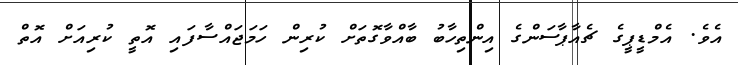
އެވެ. އެމްޑީޕީގެ ޗެއާޕާސަންގެ އިންތިހާބު ބާއްވާގޮތަށް ކުރިން ހަމަޖައްސާފައި އޮތީ ކުރިއަށް އޮތް